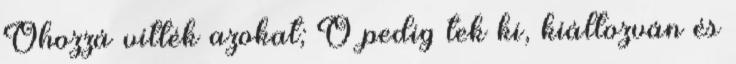
Őhozzá vitték azokat; Ő pedig tek ki, kiáltozván és